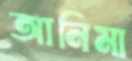
আনিমা